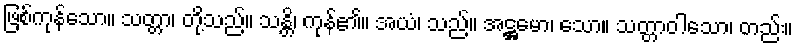
ဖြစ်ကုန်သော။ သတ္တာ၊ တို့သည်။ သန္တိ၊ ကုန်၏။ အယံ၊ သည်။ အဋ္ဌမော၊ သော။ သတ္တာဝါသော၊ တည်း။